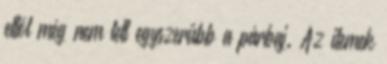
ettől még nem lett egyszerűbb a párbaj. Az itemek